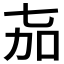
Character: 𬻎